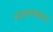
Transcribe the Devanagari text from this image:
स्टारलाइटर्स